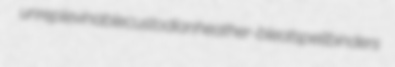
unreplevinable custodian heather-bleat spellbinders